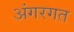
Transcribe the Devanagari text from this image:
अंगरगत